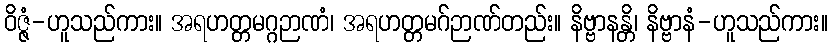
ဝိဇ္ဇံ-ဟူသည်ကား။ အရဟတ္တမဂ္ဂဉာဏံ၊ အရဟတ္တမဂ်ဉာဏ်တည်း။ နိဗ္ဗာနန္တိ၊ နိဗ္ဗာနံ-ဟူသည်ကား။